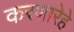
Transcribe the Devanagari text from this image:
करणारेहे